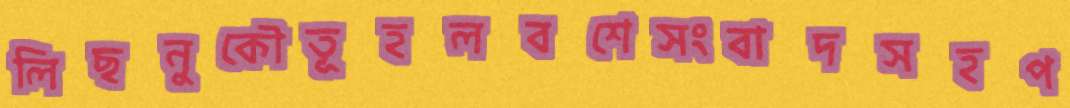
লিছনুকৌতূহলবশেসংবাদসহপ